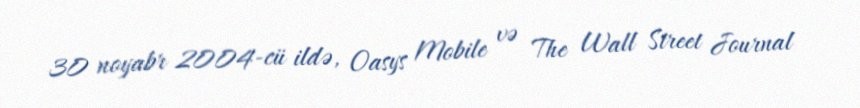
30 noyabr 2004-cü ildə, Oasys Mobile və The Wall Street Journal